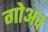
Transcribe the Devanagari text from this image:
गोअव